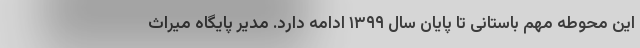
این محوطه مهم باستانی تا پایان سال ۱۳۹۹ ادامه دارد. مدیر پایگاه میراث